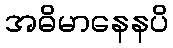
အဓိမာနေနပိ